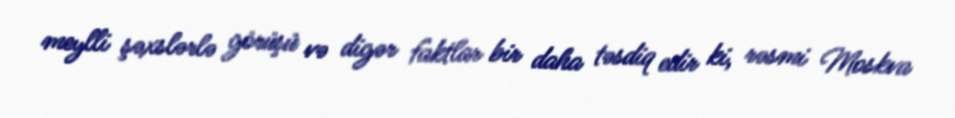
meylli şəxslərlə görüşü və digər faktlar bir daha təsdiq edir ki, rəsmi Moskva